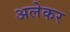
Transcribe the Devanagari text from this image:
अलेकर